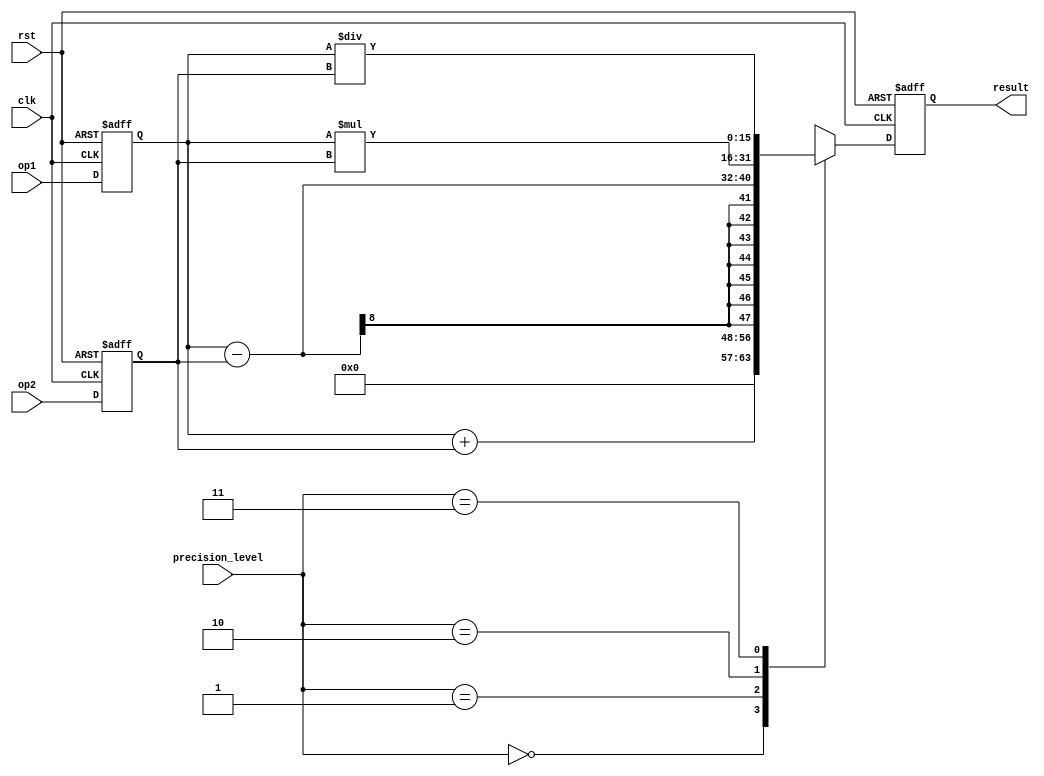
module mixed_precision_float_unit (
  input wire clk,
  input wire rst,
  input wire [7:0] op1,
  input wire [7:0] op2,
  input wire [1:0] precision_level,
  output reg [15:0] result
);

reg [7:0] reg_op1;
reg [7:0] reg_op2;
reg [15:0] reg_result;

always @ (posedge clk or posedge rst) begin
  if (rst) begin
    reg_op1 <= 8'h00;
    reg_op2 <= 8'h00;
    reg_result <= 16'h0000;
  end else begin
    reg_op1 <= op1;
    reg_op2 <= op2;
    case(precision_level)
      2'b00: reg_result <= reg_op1 + reg_op2; // Addition
      2'b01: reg_result <= reg_op1 - reg_op2; // Subtraction
      2'b10: reg_result <= reg_op1 * reg_op2; // Multiplication
      2'b11: reg_result <= reg_op1 / reg_op2; // Division
    endcase
  end
end

assign result = reg_result;

endmodule